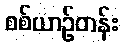
စစ်ယာဉ်တန်း